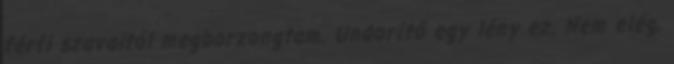
férfi szavaitól megborzongtam. Undorító egy lény ez. Nem elég,